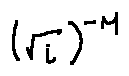
( \sqrt { i } ) ^ { - M }